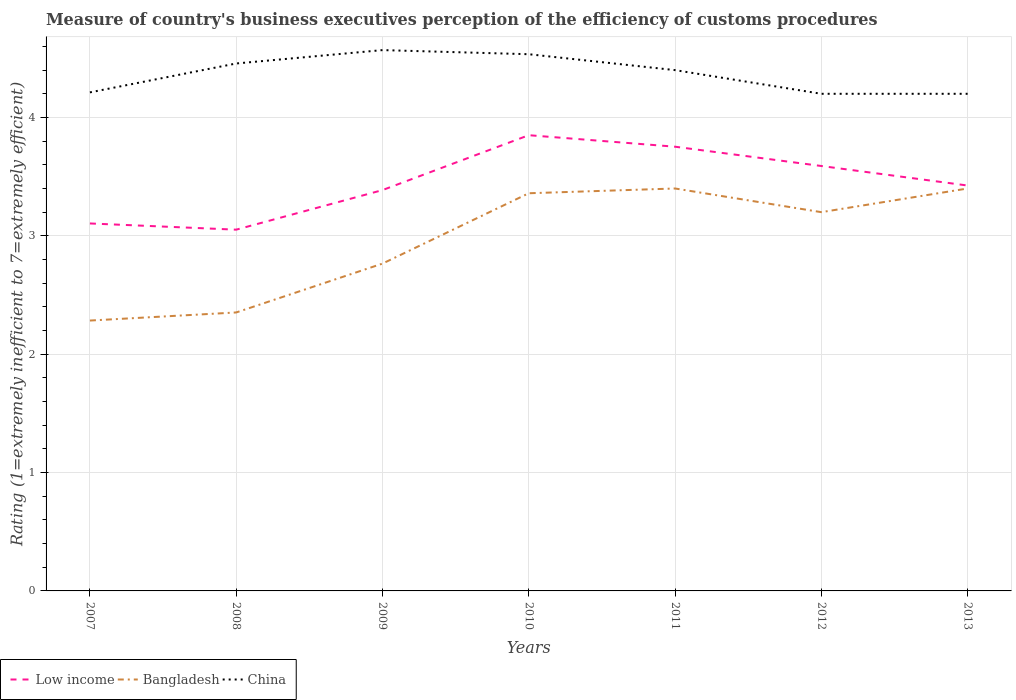
| Years | Low income | Bangladesh | China |
 | --- | --- | --- | --- |
 | 2007 | 3.1 | 2.28 | 4.21 |
 | 2008 | 3.05 | 2.35 | 4.46 |
 | 2009 | 3.39 | 2.77 | 4.57 |
 | 2010 | 3.85 | 3.36 | 4.53 |
 | 2011 | 3.75 | 3.4 | 4.4 |
 | 2012 | 3.59 | 3.2 | 4.2 |
 | 2013 | 3.42 | 3.4 | 4.2 |